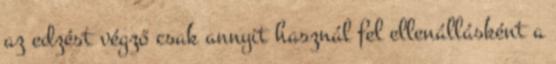
az edzést végző csak annyit használ fel ellenállásként a